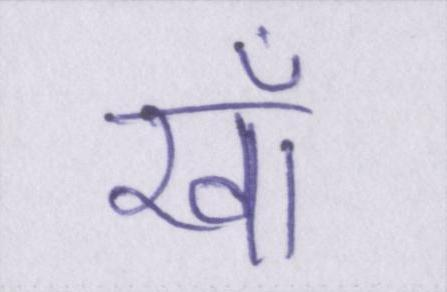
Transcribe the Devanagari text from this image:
खाँ